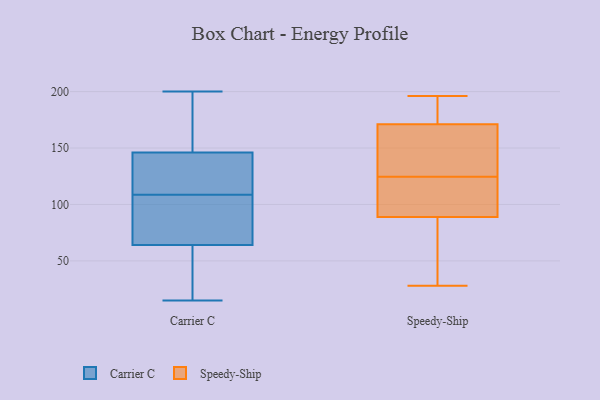
{"axis": {"x": "Latency (ms)", "y": "Value"}, "legend": ["Carrier C", "Speedy-Ship"], "data": [{"x": "", "y": 143, "type": "Carrier C"}, {"x": "", "y": 15, "type": "Carrier C"}, {"x": "", "y": 110, "type": "Carrier C"}, {"x": "", "y": 184, "type": "Carrier C"}, {"x": "", "y": 46, "type": "Carrier C"}, {"x": "", "y": 89, "type": "Carrier C"}, {"x": "", "y": 64, "type": "Carrier C"}, {"x": "", "y": 114, "type": "Carrier C"}, {"x": "", "y": 29, "type": "Carrier C"}, {"x": "", "y": 22, "type": "Carrier C"}, {"x": "", "y": 107, "type": "Carrier C"}, {"x": "", "y": 101, "type": "Carrier C"}, {"x": "", "y": 154, "type": "Carrier C"}, {"x": "", "y": 138, "type": "Carrier C"}, {"x": "", "y": 146, "type": "Carrier C"}, {"x": "", "y": 88, "type": "Carrier C"}, {"x": "", "y": 158, "type": "Carrier C"}, {"x": "", "y": 200, "type": "Carrier C"}, {"x": "", "y": 102, "type": "Speedy-Ship"}, {"x": "", "y": 189, "type": "Speedy-Ship"}, {"x": "", "y": 61, "type": "Speedy-Ship"}, {"x": "", "y": 196, "type": "Speedy-Ship"}, {"x": "", "y": 171, "type": "Speedy-Ship"}, {"x": "", "y": 65, "type": "Speedy-Ship"}, {"x": "", "y": 89, "type": "Speedy-Ship"}, {"x": "", "y": 133, "type": "Speedy-Ship"}, {"x": "", "y": 108, "type": "Speedy-Ship"}, {"x": "", "y": 141, "type": "Speedy-Ship"}, {"x": "", "y": 119, "type": "Speedy-Ship"}, {"x": "", "y": 130, "type": "Speedy-Ship"}, {"x": "", "y": 42, "type": "Speedy-Ship"}, {"x": "", "y": 146, "type": "Speedy-Ship"}, {"x": "", "y": 193, "type": "Speedy-Ship"}, {"x": "", "y": 182, "type": "Speedy-Ship"}, {"x": "", "y": 95, "type": "Speedy-Ship"}, {"x": "", "y": 28, "type": "Speedy-Ship"}]}